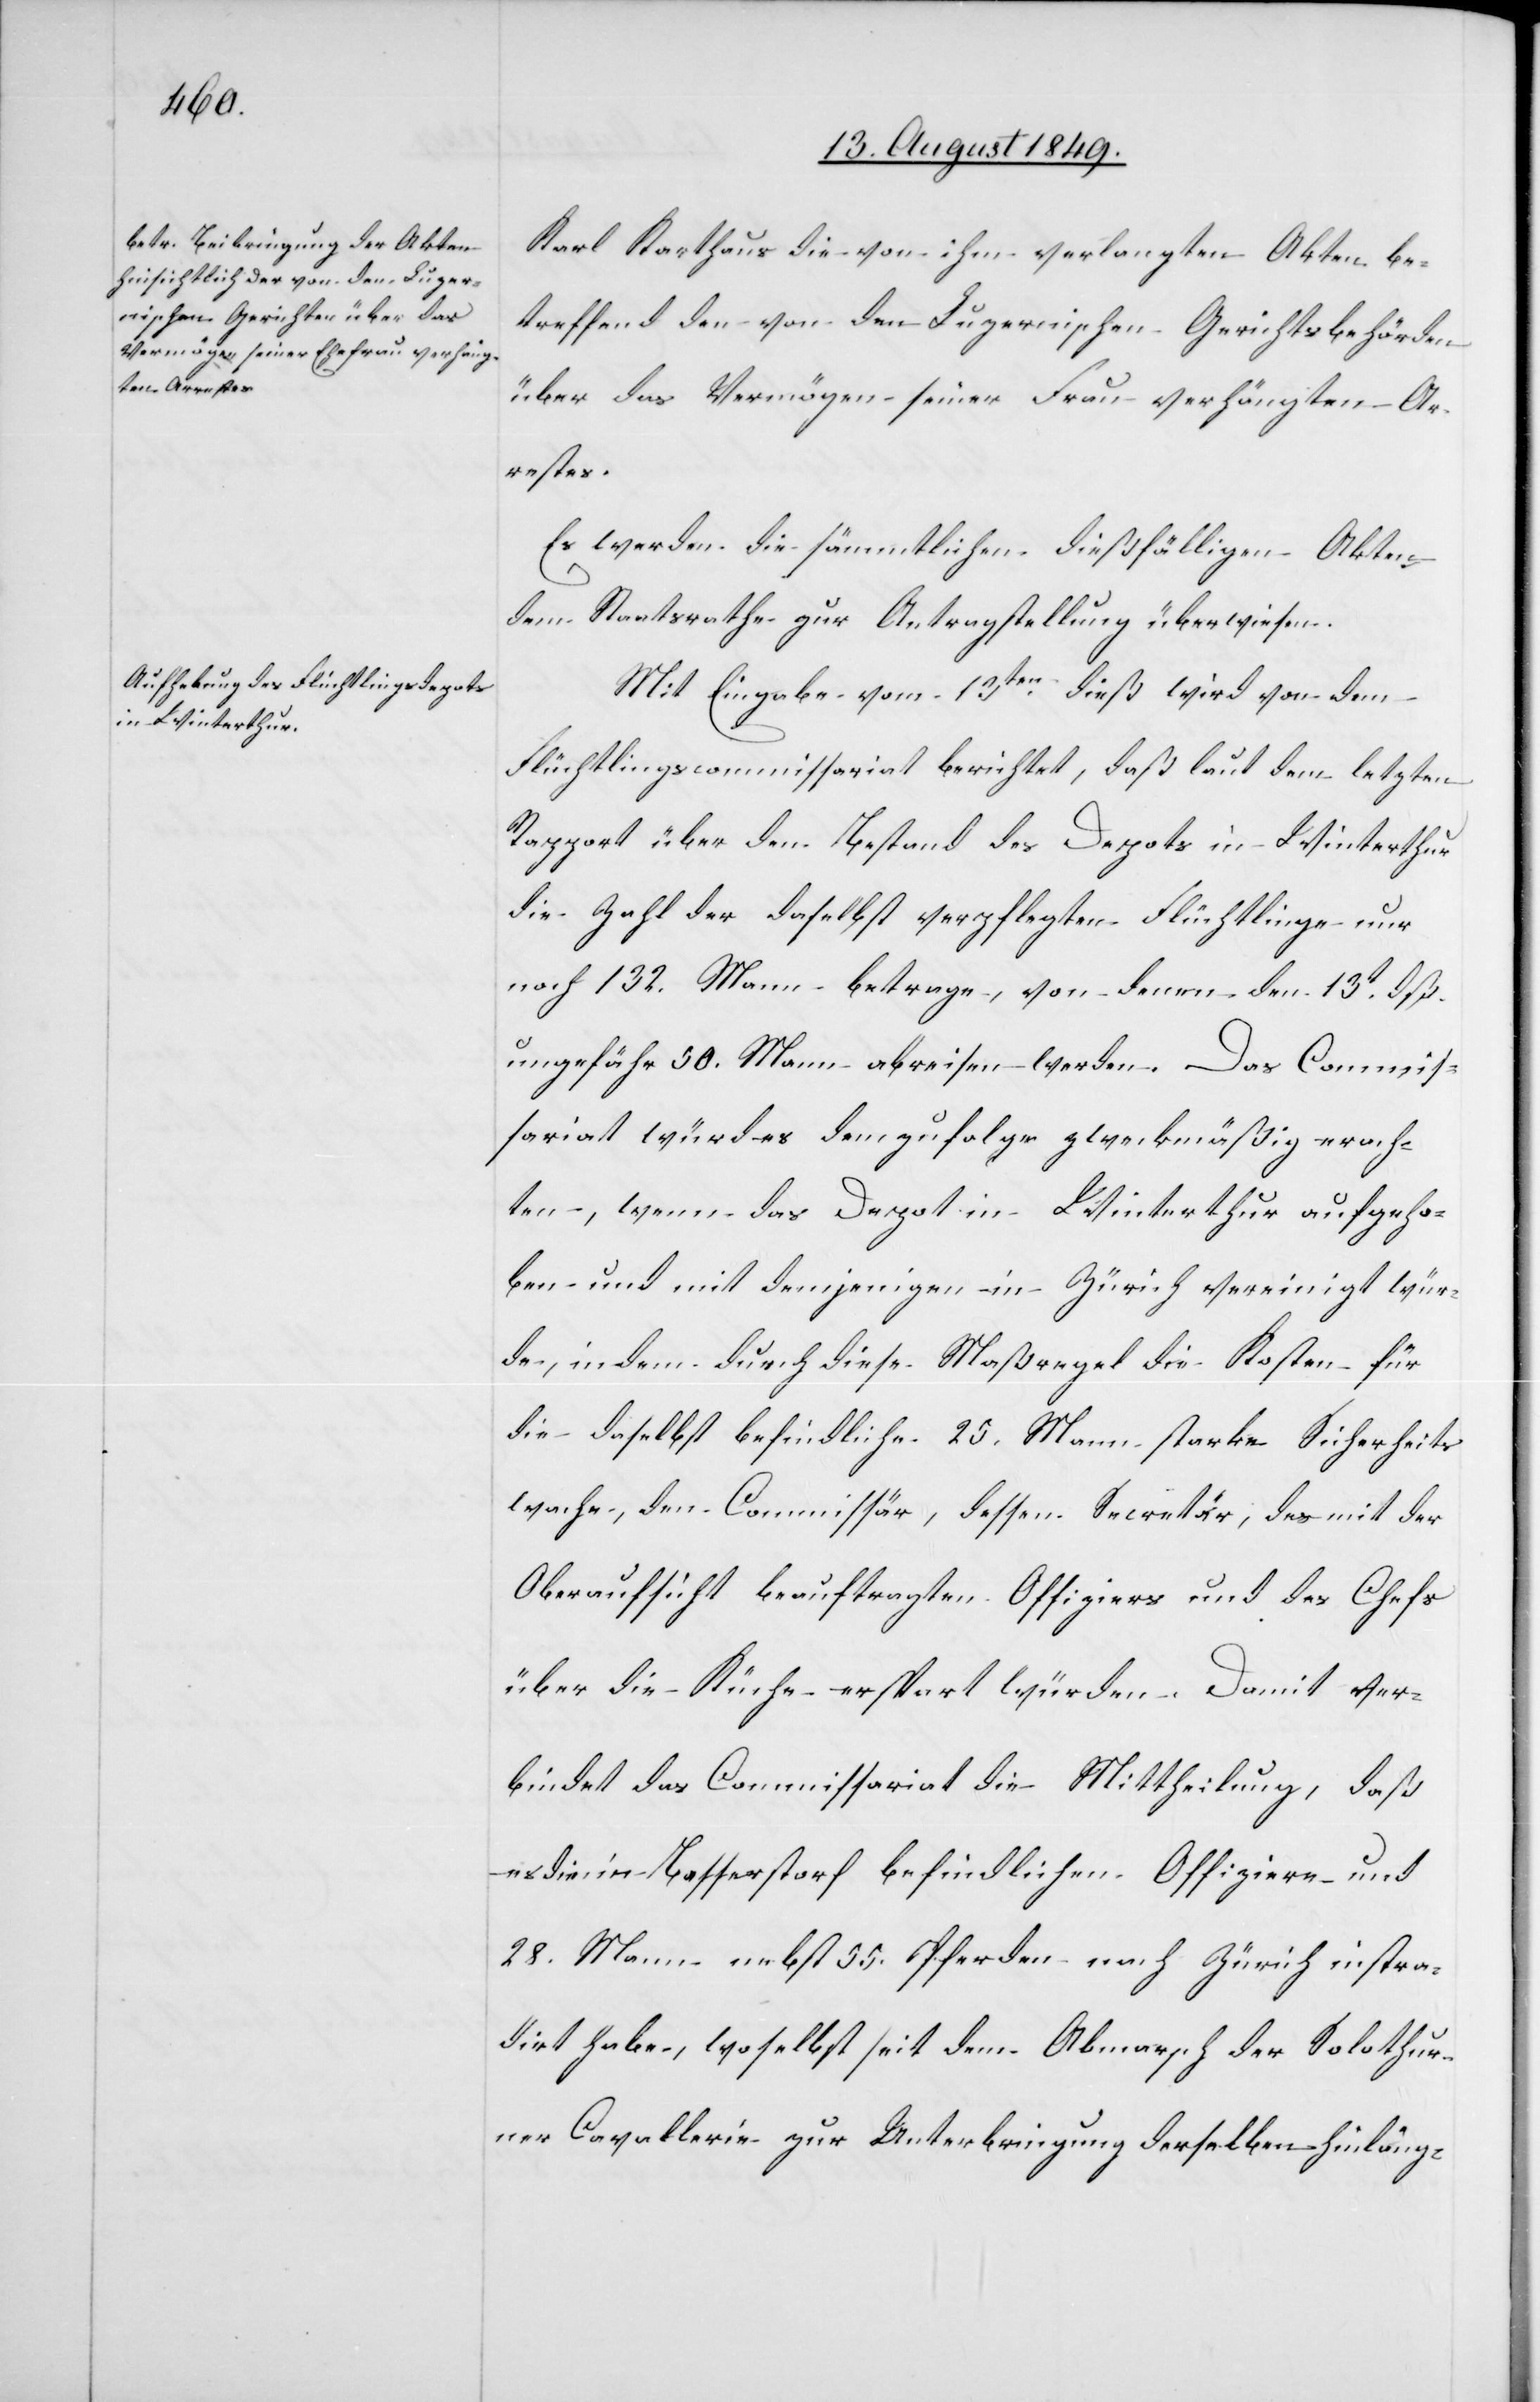
Karl Karthaus die von ihm verlangten Akten be¬
treffend den von den Luzernischen Gerichtsbehörden
über das Vermögen seiner Frau verhängten Ar¬
restes.
Es werden die sämmtlichen dießfälligen Akten
dem Staatsrathe zur Antragstellung überwiesen.
Mit Eingabe vom 13ten dieß wird von dem
Flüchtlingscommissariat berichtet, daß laut dem letzten
Rapport über den Bestand des Depots in Winterthur
die Zahl der daselbst verpflegten Flüchtlinge nur
noch 132. Mann betrage, von denen den 13t dß.
ungefähr 50. Mann abreisen werden. Das Commis¬
sariat würd es demzufolge zweckmäßig erach¬
ten, wenn das Depot in Winterthur aufgeho¬
ben und mit demjenigen in Zürich vereinigt wür¬
de, indem durch diese Maßregel die Kosten für
die daselbst befindliche 25. Mann starke Sicherheits¬
wache, den Commissär, dessen Secretär, des mit der
Oberaufsicht beauftragten Offiziers und des Chefs
über die Küche erspart würden. Damit ver¬
bindet das Commissariat die Mittheilung, daß
es die in Basserstorf befindlichen Offiziere und
28. Mann nebst 55. Pferden nach Zürich instra¬
dirt habe, woselbst seit dem Abmarsch der Solothur¬
ner Cavallerie zur Unterbringung derselben hinläng-